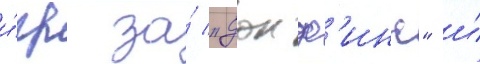
и́гр за́ "долф'инс" и́